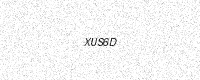
Text: XUS6D